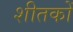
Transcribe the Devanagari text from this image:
शीतकों